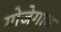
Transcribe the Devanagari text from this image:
गोजेगाव